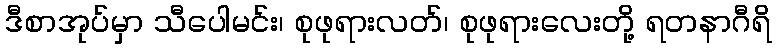
ဒီစာအုပ်မှာ သီပေါမင်း၊ စုဖုရားလတ်၊ စုဖုရားလေးတို့ ရတနာဂီရိ